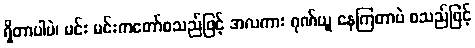
ရှိတာပါပဲ၊ မင်း မင်းကတော်စသည်ဖြင့် အလကား ဂုဏ်ယူ နေကြတာပဲ စသည်ဖြင့်